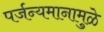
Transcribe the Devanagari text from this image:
पर्जन्यमानामुळे